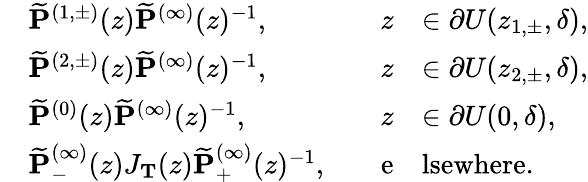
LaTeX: \begin{array}{rlrl}&{\widetilde{\mathbf{P}}^{(1,\pm)}(z)\widetilde{\mathbf{P}}^{(\infty)}(z)^{-1},\quad}&{z}&{\in\partial U(z_{1,\pm},\delta),}\\ &{\widetilde{\mathbf{P}}^{(2,\pm)}(z)\widetilde{\mathbf{P}}^{(\infty)}(z)^{-1},\quad}&{z}&{\in\partial U(z_{2,\pm},\delta),}\\ &{\widetilde{\mathbf{P}}^{(0)}(z)\widetilde{\mathbf{P}}^{(\infty)}(z)^{-1},\quad}&{z}&{\in\partial U(0,\delta),}\\ &{\widetilde{\mathbf{P}}_{-}^{(\infty)}(z)J_{\mathbf{T}}(z)\widetilde{\mathbf{P}}_{+}^{(\infty)}(z)^{-1},\quad}&{\mathrm{e}}&{\mathrm{lsewhere}.}\end{array}